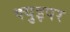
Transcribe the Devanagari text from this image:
क्युइपर